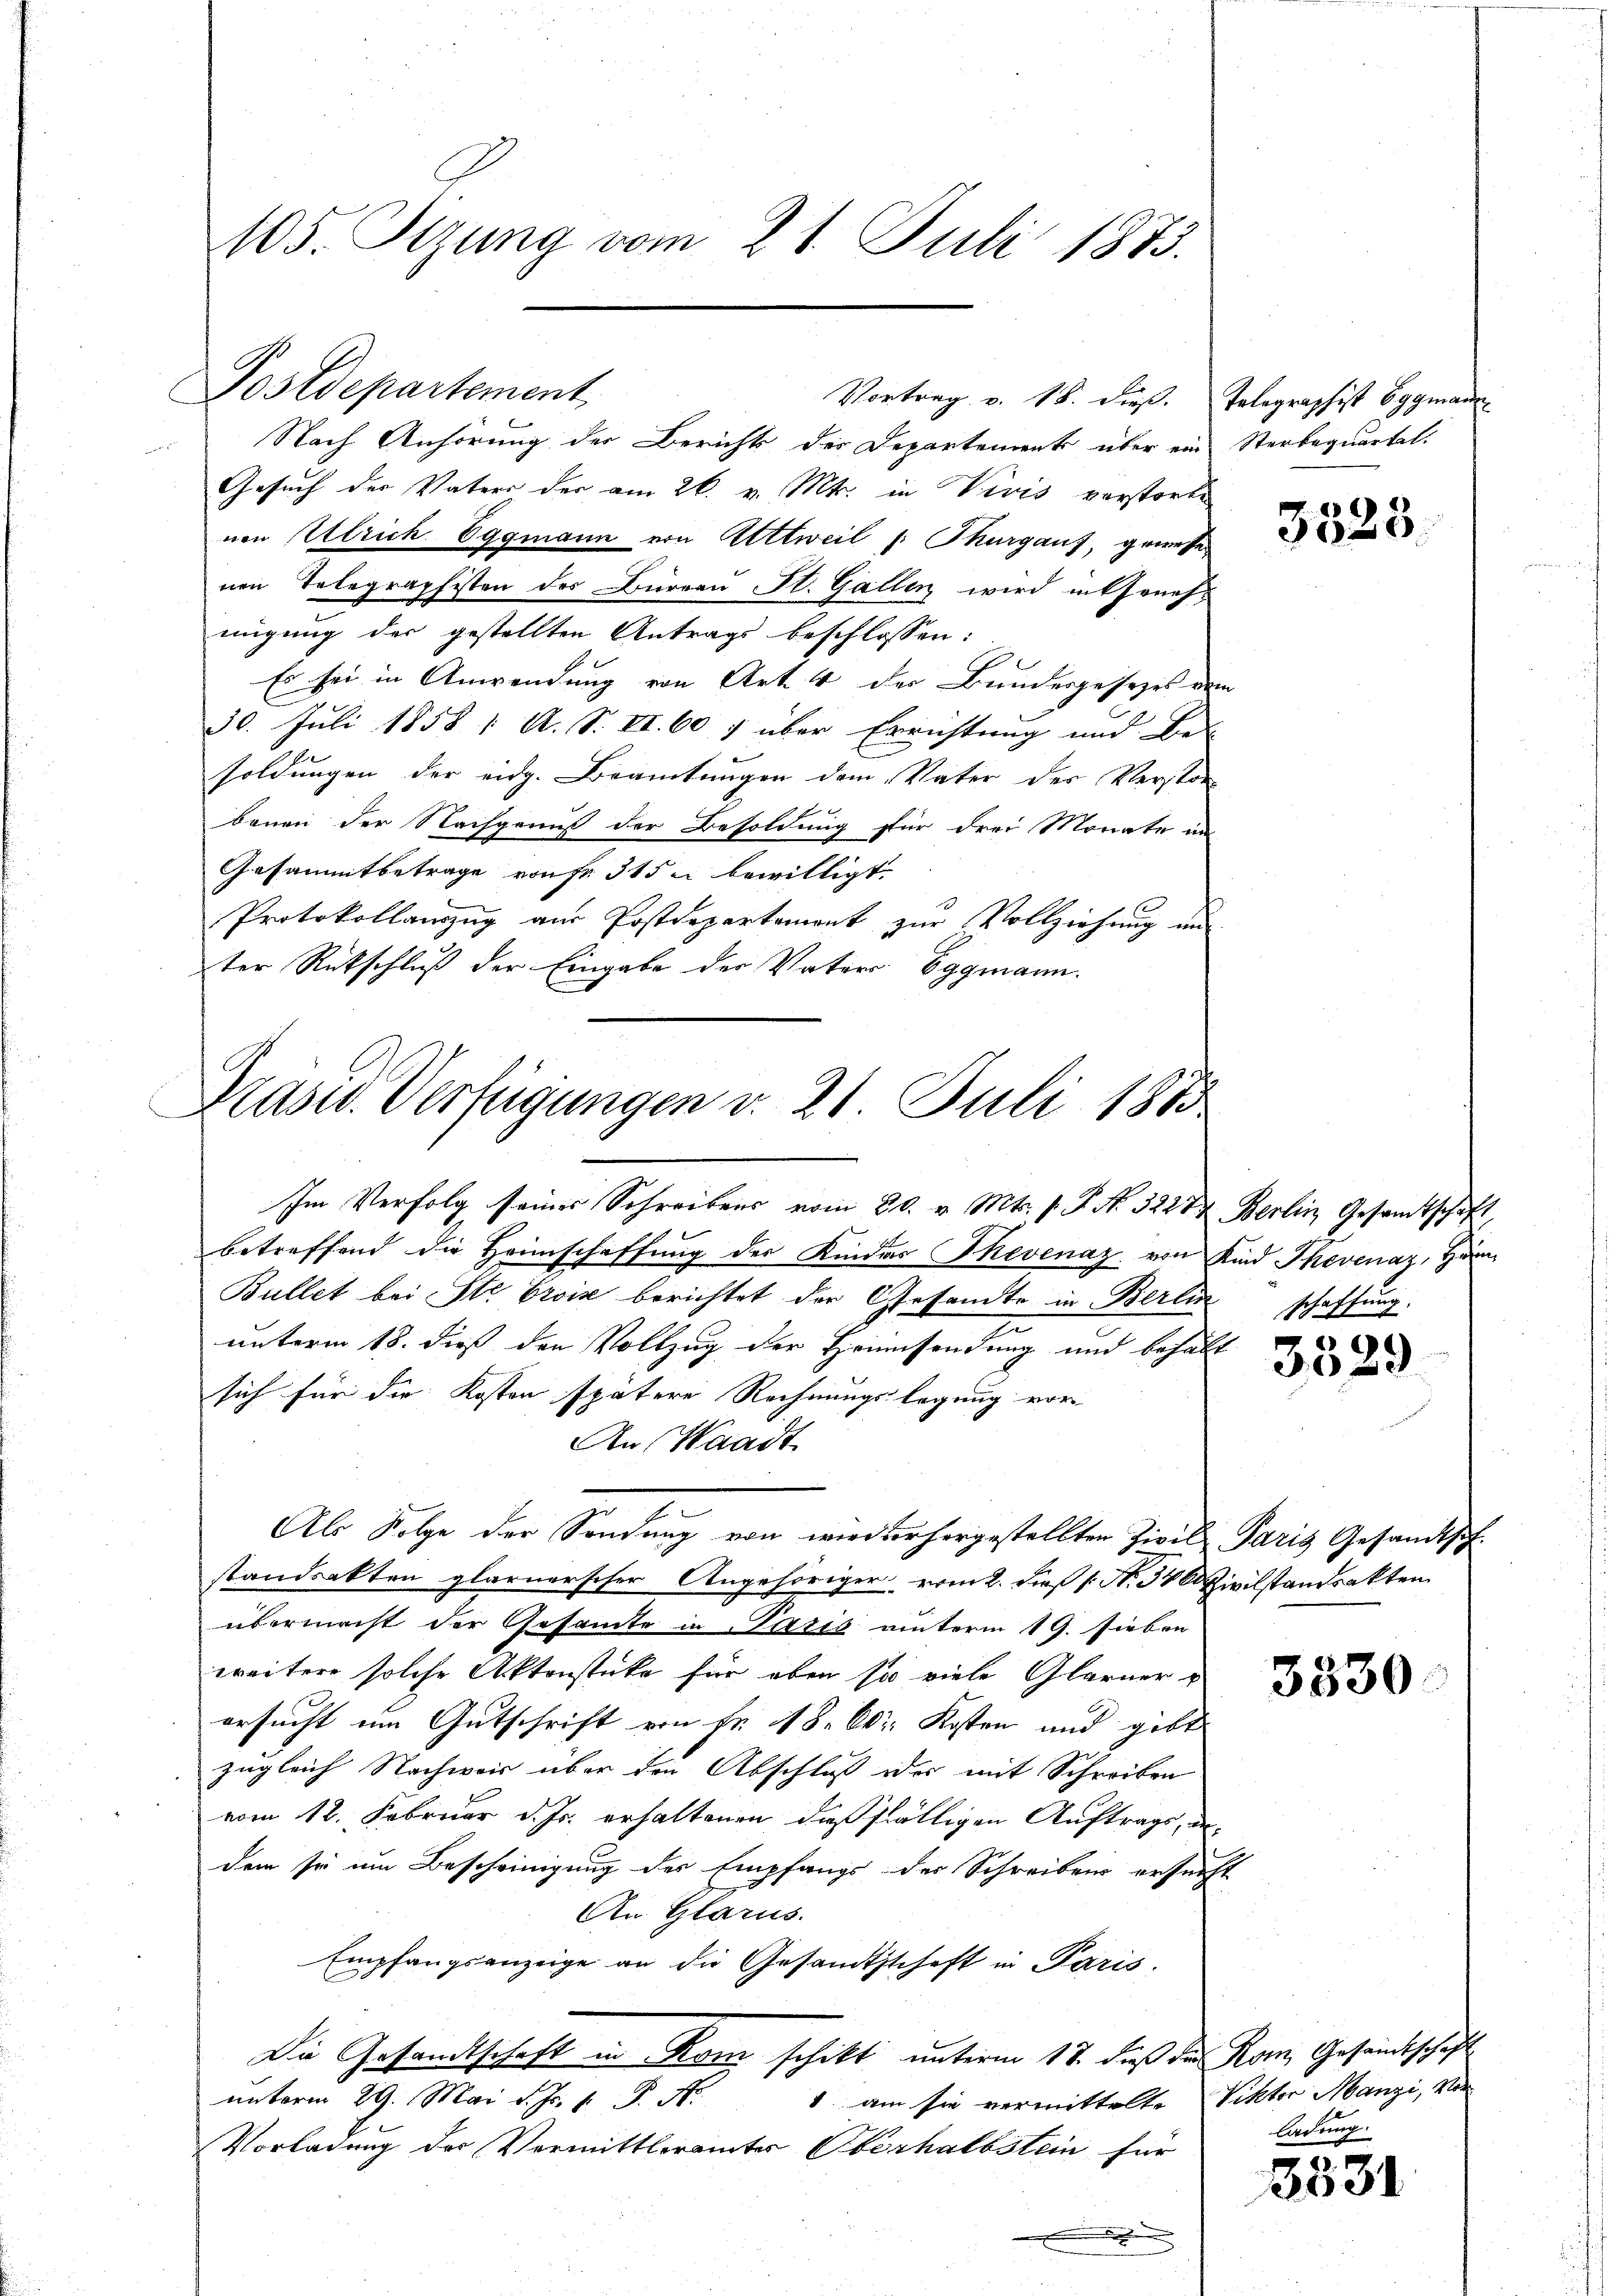
105. Sizung vom 21. Juli 1873.

Postdepartement,

Nach Anhörung der Berichts des Departements über ein Sterbequartal.
2
Gesuch der Vaters der am 26. v. Mts. in Vivis verstorbe
nen Ulrich. Eggmann von Attweil (: Thurgauf, gemessen
nen Telegraphisten des Büreau St. Gallen wird entsenes
migung der gestellten Antrags beschlossen:
Es sei in Anwendung von Art. 4 der Bundesgesezes vom
30. Juli 1858 1. A. S. VI. 607 über Errichtung und Be-
soldungen der eidg. Beamtungen dem Vater der Verstor-
bauen der Nachgenuß der Besoldung für drei Monate an
Gesammtbetrage von Fr. 315 u bewilligt.
Protokollanzug aus Postdepartement zur Vollziehung im
ter Rutschluß der Eingabe der Vaters Eggmann.
Prasw. Verfügungen v. 21 Juli 1883

Vortrag v. 18. dieß. Telegraphist Eggmann¬

Im Verfolg seines Schreibens vom 20. v. Mts. v. P. Nr. 3227. Berlin Gesamtschaft,
betreffend die Heimschaffung des Kindes Thevenaz von Kind Thevenaz, Heim¬
Bullet bei Ste Croise berichtet der Gesandte in Berlin schaffung.
unterm 18. dieß den Vollzug der Heimsendung und behält
sich für die Kosten spätere Rechnungslegung vor-
An Waadt
Als Folge der Sendung von wiederhergestellten Zivil Paris Gesandtsch-
standsakten glarnerscher Angehöriger vom 2. dieß (N. 34 Zivilstandsakten
übermacht der Gesamte in Pazić unterm 19. Sieben
weitere solche Aktenstücke für oben so viele Glarner
ersucht um Gutschrift von Fr. 18. Dr. Kosten und gibt
zugleich Nachweis über den Abschluß oder mit Schreiben
vom 12. Februar d. Js. erhaltenen dießfälligen Auftrags, indem sie um Bescheinigung des Empfangs der Schreibens ersucht
An Glarus.
Empfangsanzeige an die Gesandtschaft in Paris.
Die Gesandtschaft in Rom schikt unterm 17. dieß die Rom Gesandtschaft
1 am sie vermittelte Ritter Manzi, vor
unterm 29. Mai d. Js. v. P. N
Vorladung der Vermittleramtes Oberhalbstein für
.

3525.

3329

3330.

ladung.

0
d